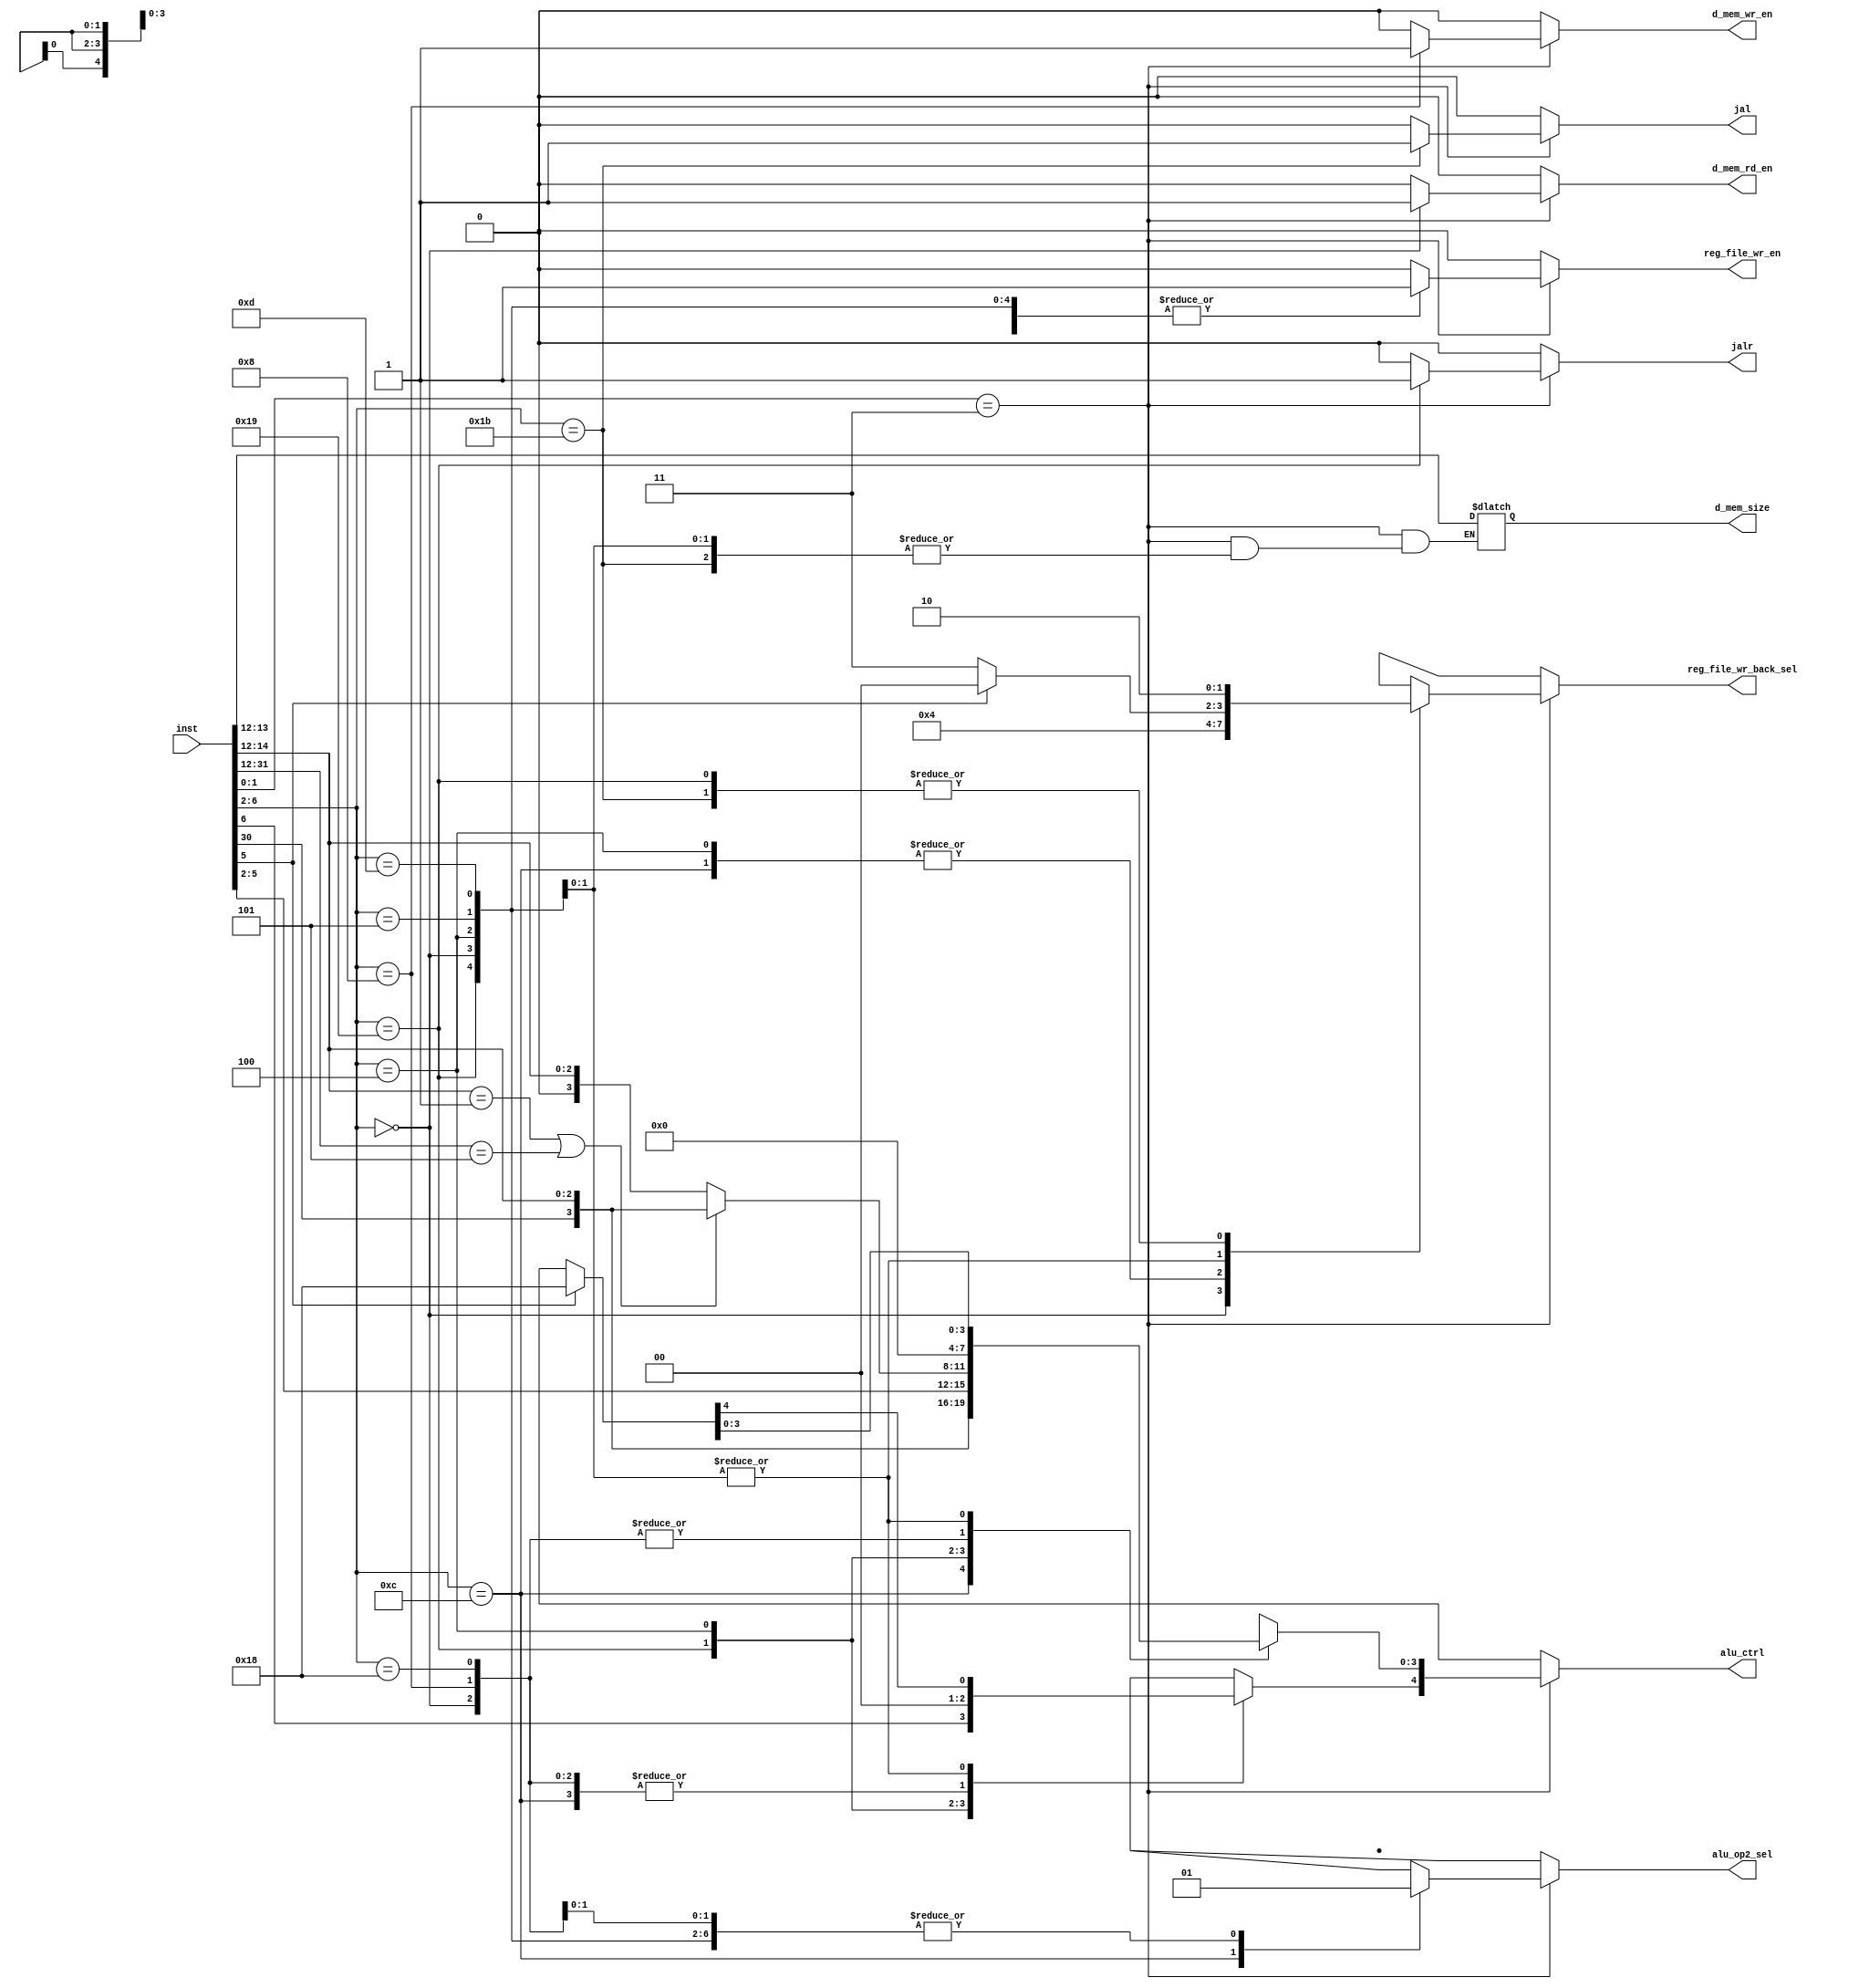
//Control unit

//macros
//instruction width
`define INSTRUCTION_WIDTH 32
//ALU control signal width
`define ALU_CTRL_WIDTH 5

//Instruction types
//R-type
`define R_TYPE 5'b01100
//I-type
`define JALR 5'b11001
`define LOAD 5'b00000
`define ALU 5'b00100
//S-type
`define STORE 5'b01000
//SB-type
`define BRANCH 5'b11000
//U-type
`define U_TYPE 5'b01101, 5'b00101
//UJ-type
`define JAL 5'b11011

module ctrl(
	//outputs
	/*ALU control signal
	bits 2 - 0 : ALU operation to be performed
	bit 3 : Set to 1 when a subtract operation is to be performed
	bit 4 : Set to 1 in case of branch instruction
	
	Note :- In order to uniquely convey the LUI and JALR instructions to the ALU,
	bits 3 and 4 are set to 1, so that there is no conflict with other instructions
	LUI : 5'b11000
	JALR : 5'b11001
	*/
	output reg [(`ALU_CTRL_WIDTH-1):0] alu_ctrl,
	//Register file write enable signal
	output reg reg_file_wr_en,
	/*Register file writeback select signal (2 bits)
	(00) output of ALU
	(01) output of data memory
	(10) output of PC+4
	(11) output of PC+immediate value
	*/
	output reg [1:0] reg_file_wr_back_sel,
	//ALU operand select signal
	output reg alu_op2_sel,
	//Data memory read enable signal
	output reg d_mem_rd_en,
	//Data memory write enalbe signal
	output reg d_mem_wr_en,
	/*Data memory size
	(10) 32 bit value
	(01) 16 bit value
	(00) 8 bit value
	(11) undefined
	*/
	output reg [1:0] d_mem_size,
	//JAL instruction
	output reg jal,
	//JALR instruction
	output reg jalr, 
	//inputs
	input [(`INSTRUCTION_WIDTH - 1):0] inst
);
	
	//combinational logic
	always @ (*) begin
		//first check if the input instruction is valid
		if (inst[1:0] == 2'b11) begin
			//determine the type of instruction
			case (inst[6:2])
			
				//R-type
				`R_TYPE: begin
					//set the alu_ctrl signal to be the packed version of
					//bit(3) = inst[31] and remaining bits = funct3 field as specified in the ISA
					//bit(3) = 1 distinguishes between SUB and ADD
					//bit(3) = 1 ==> SUB
					//bit(4) = 0 (No branching)
					//ALU control signal
					alu_ctrl[3:0] = {inst[30], inst[14:12]};
					//no branching
					alu_ctrl[4] = 1'b0;
					//Register file write enable signal
					//the value generated from the ALU is always written back to the register file in R-type
					reg_file_wr_en = 1'b1;
					//Register file writeback select signal
					//by default, the value generated by the ALU is written back 
					reg_file_wr_back_sel = 2'b00;
					//ALU operand select signal
					//the second operand for the ALU is obtained from the register file
					alu_op2_sel = 1'b0;
					//Data memory read enable signal
					//Data memory is not read
					d_mem_rd_en = 1'b0;
					//Data memory write enable signal
					//Data memory is not written to
					d_mem_wr_en = 1'b0;
					//data memory size
					//No data is written to or read from data memory
					d_mem_size = 2'bxx;
					//JAL instruction
					//not valid
					jal = 1'b0;
					//JALR instruction
					//not valid
					jalr = 1'b0;
				end
				
				//I-type
				`JALR: begin
					//ALU control signal
					//copy the MSB bits of the opcode for JALR to the alu_ctrl signal
					alu_ctrl = inst[6:2];
					//Register file write enable signal
					//return address is written to the register file
					reg_file_wr_en = 1'b1;
					//Register file writeback select signal
					//PC+4 is written back to register file
					reg_file_wr_back_sel = 2'b10;
					//ALU operand select signal
					//select the sign or zero extended operand
					alu_op2_sel = 1'b1;
					//Data memory read enable signal
					//nothing is read from data memory
					d_mem_rd_en = 1'b0;
					//Data memory write enalbe signal
					//noting is written to data memory
					d_mem_wr_en = 1'b0;
					//data memory size
					//don't care
					d_mem_size = 2'bxx;
					//JAL instruction
					//not valid
					jal = 1'b0;
					//JALR instruction
					//valid
					jalr = 1'b1;
				end
									
				`LOAD: begin
					//ALU control signal
					//set the ALU control to add operation
					//The operand obtained from the register is added to the immediate value
					//no branching
					alu_ctrl = {(`ALU_CTRL_WIDTH){1'b0}};
					//Register file write enable signal
					//Value read from the data memory is written back to the register file
					reg_file_wr_en = 1'b1;
					//Register file writeback select signal
					//Value read from data memory is written back to register file
					reg_file_wr_back_sel = 2'b01;
					//ALU operand select signal
					//select the sign or zero extended operand
					alu_op2_sel = 1'b1;
					//Data memory read enable signal
					//The value is loaded from data memory
					d_mem_rd_en = 1'b1;
					//Data memory write enalbe signal
					//no value is written to data memory
					d_mem_wr_en = 1'b0;
					//data memory size
					//size depends on the instruction
					d_mem_size = inst[13:12];
					//JAL instruction
					//not valid
					jal = 1'b0;
					//JALR instruction
					//not valid
					jalr = 1'b0;
				end
				
				`ALU: begin
					
					if(inst[14:12] == 3'b001 || inst[31:12] == 3'b101) begin
						//Shift instruction
						//ALU control signal
						//set LSB 3 bits to the "funct3" field
						//bit 3 = inst[30] (to distinguish between arithmetic and logical shift)
						//bit 4 = 0 (no branching)
						alu_ctrl = {1'b0, inst[30], inst[14:12]};
					end
					
					else begin
						//Other ALU instruction
						//ALU control signal
						//set the alu_ctrl signal to {1'b0, "funct3"}
						//bit3 = 1'b0, no subtract instructions (I-type)
						//MSB (bit 4) = 1'b0, no branching
						alu_ctrl = {2'b00, inst[14:12]};
					end
					
					//Register file write enable signal
					//value generated by the ALU is always written back to the register file
					reg_file_wr_en = 1'b1;
					//Register file writeback select signal
					//select the value generated by the ALU
					reg_file_wr_back_sel = 2'b00;
					//ALU operand select signal
					//select the sign or zero extended immediate value
					alu_op2_sel = 1'b1;
					//Data memory read enable signal
					//no value is read from data memory
					d_mem_rd_en = 1'b0;
					//Data memory write enalbe signal
					//no value is written back to data memory
					d_mem_wr_en = 1'b0;
					//data memory size
					//data is not written to or read from data memory
					d_mem_size = 2'bxx;
					//JAL instruction
					//not valid
					jal = 1'b0;
					//JALR instruction
					//not valid
					jalr = 1'b0;	
				end	
				
				//S-type
				`STORE: begin
					//ALU control signal
					//set the ALU control signal to add "rs1" to immediate value
					//no subtract
					//no branching
					alu_ctrl = {(`ALU_CTRL_WIDTH){1'b0}};
					//Register file write enable signal
					//no write to register file
					reg_file_wr_en = 1'b0;
					//Register file writeback select signal
					//Nothing written back to the register file
					//don't care
					reg_file_wr_back_sel = 2'bxx;
					//ALU operand select signal
					//select the sign or zero extended immediate value
					alu_op2_sel = 1'b1;
					//Data memory read enable signal
					//no data is read from data memory
					d_mem_rd_en = 1'b0;
					//Data memory write enable signal
					//Data is written to data memory
					d_mem_wr_en = 1'b1;
					//data memory size
					//data is written to data memory
					d_mem_size = inst[13:12];
					//JAL instruction
					//not valid
					jal = 1'b0;
					//JALR instruction
					//not valid
					jalr = 1'b0;
				end
				
				//SB-type
				`BRANCH: begin
					//ALU control signal
					//set the alu_ctrl signal to {1'b0, "funct3"}
					//bit3 = 1'b0, no subtract instructions (I-type)
					//MSB (bit 4) = 1'b0, no branching
					alu_ctrl = {(`ALU_CTRL_WIDTH){1'b0}};
					//Register file write enable signal
					//no write to register file
					reg_file_wr_en = 1'b0;
					//Register file writeback select signal
					//Nothing written back to the register file
					//don't care
					reg_file_wr_back_sel = 2'bxx;
					//ALU operand select signal
					//select the sign or zero extended immediate value
					alu_op2_sel = 1'b1;
					//Data memory read enable signal
					//no data is read from data memory
					d_mem_rd_en = 1'b0;
					//Data memory write enable signal
					//Data is not written to data memory
					d_mem_wr_en = 1'b0;
					//data memory size
					//data is not written to data memory
					d_mem_size = 2'bxx;
					//JAL instruction
					//not valid
					jal = 1'b0;
					//JALR instruction
					//not valid
					jalr = 1'b0;
				end
				
				//U-type
				`U_TYPE: begin
					//ALU control signal
					//The immediate value is written to rd in case of LUI
					//For AUIPC no ALU operation is to performed. Hence set to 'x'
					if(inst[5]==1) begin
						//ensure that the top two bits of alu_ctrl = 2'b11 to avoid conflict with other instructions
						//set the bottom 3 bits to be 0, to convey that it is the LUI instruction to the ALU					
						alu_ctrl = 5'b11000;
					end
					
					else begin
						alu_ctrl = {(`ALU_CTRL_WIDTH){1'bx}};
					end					
					//Register file write enable signal
					//Value read from the data memory is written back to the register file
					reg_file_wr_en = 1'b1;
					//Register file writeback select signal
					//Value read from data memory is written back to register file
					//If LUI, ALU o/p is written to rd. Else pc+offset is written to rd
					if(inst[5]==1) begin
						reg_file_wr_back_sel = 2'b00;
					end
					
					else begin
						reg_file_wr_back_sel = 2'b11;
					end					
					//ALU operand select signal
					//select the sign or zero extended operand for both LUI and AUIPC
					alu_op2_sel = 1'b1;
					//Data memory read enable signal
					//No value is loaded from data memory
					d_mem_rd_en = 1'b0;
					//Data memory write enalbe signal
					//no value is written to data memory
					d_mem_wr_en = 1'b0;
					//JAL instruction
					//not valid
					jal = 1'b0;
					//JALR instruction
					//not valid
					jalr = 1'b0;
				end
				
				//UJ-type
				`JAL:begin
					//For JAL no ALU operation is to performed. Hence set to 'x'
					alu_ctrl = {(`ALU_CTRL_WIDTH){1'bx}};
					//Register file write enable signal
					//PC+4 is written to register file
					reg_file_wr_en = 1'b1;
					//Register file writeback select signal
					//Value 'PC+4' is written back to register file
					reg_file_wr_back_sel = 2'b10;
					//ALU operand select signal
					//No operand is to be selected
					alu_op2_sel = 1'bx;
					//Data memory read enable signal
					//No value is loaded from data memory
					d_mem_rd_en = 1'b0;
					//Data memory write enalbe signal
					//No value is written to data memory
					d_mem_wr_en = 1'b0;
					//JAL instruction					
					jal = 1'b1;
					//JALR instruction
					//not valid
					jalr = 1'b0;
				end			

				//default
				default: begin
					//ALU control signal
					//don't care
					alu_ctrl = {(`ALU_CTRL_WIDTH){1'bx}};
					//Register file write enable signal
					//no write to register file
					reg_file_wr_en = 1'b0;
					//Register file writeback select signal
					//Nothing written back to the register file
					//don't care
					reg_file_wr_back_sel = 2'bxx;
					//ALU operand select signal
					//don't care
					alu_op2_sel = 1'bx;
					//Data memory read enable signal
					//no data is read from data memory
					d_mem_rd_en = 1'b0;
					//Data memory write enable signal
					//no data is written to data memory
					d_mem_wr_en = 1'b0;
					//data memory size
					//data is not written to data memory
					//don't care
					d_mem_size = 2'bxx;
					//JAL instruction
					//not valid
					jal = 1'b0;
					//JALR instruction
					//not valid
					jalr = 1'b0;
				end
				
			endcase
			
		end
		
		else begin
			//ALU control signal
			//don't care
			alu_ctrl = {(`ALU_CTRL_WIDTH){1'bx}};
			//Register file write enable signal
			//no write to register file
			reg_file_wr_en = 1'b0;
			//Register file writeback select signal
			//Nothing written back to the register file
			//don't care
			reg_file_wr_back_sel = 2'bxx;
			//ALU operand select signal
			//don't care
			alu_op2_sel = 1'bx;
			//Data memory read enable signal
			//no data is read from data memory
			d_mem_rd_en = 1'b0;
			//Data memory write enable signal
			//no data is written to data memory
			d_mem_wr_en = 1'b0;
			//data memory size
			//data is not written to data memory
			//don't care
			d_mem_size = 2'bxx;
			//JAL instruction
			//not valid
			jal = 1'b0;
			//JALR instruction
			//not valid
			jalr = 1'b0;
		end
	
	end

endmodule